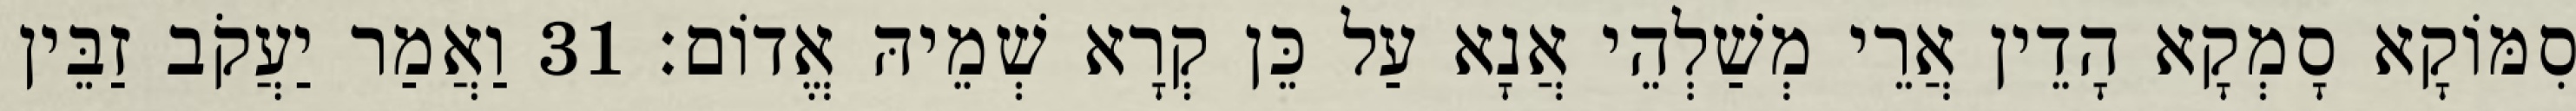
סִמּוֹקָא סָמְקָא הָדֵין אֲרֵי מְשַׁלְהֵי אֲנָא עַל כֵּן קְרָא שְׁמֵיהּ אֱדוֹם׃ 31 וַאֲמַר יַעֲקֹב זַבֵּין